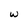
Character: w